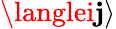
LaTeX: \langlei\mathbf{j}\rangle